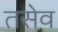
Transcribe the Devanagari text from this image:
तसेव